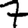
Digit: 7